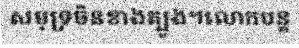
សមុទ្រចិនខាងត្បូង។លោកបន្ត